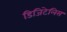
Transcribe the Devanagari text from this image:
डिजिटेलिस